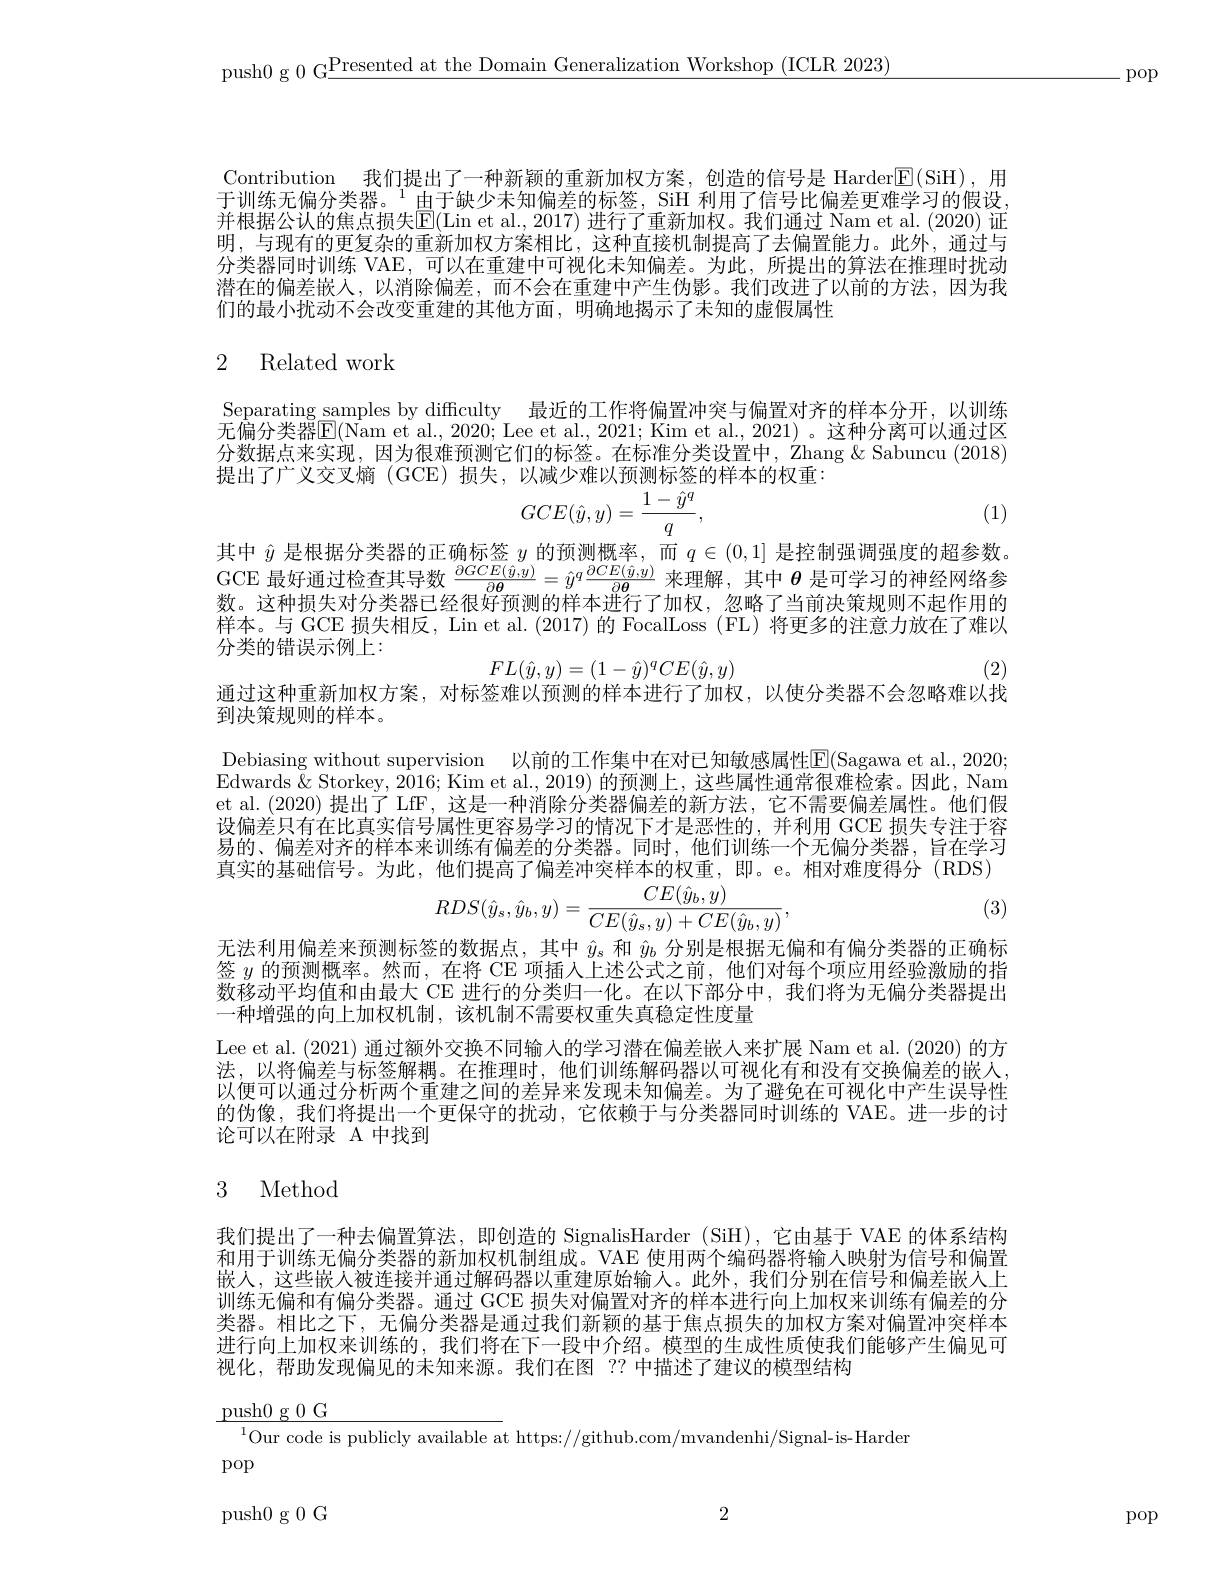
push0 g 0 G$\underline\text{Presented at the Domain Generalization Workshop (ICLR 2023)}$

.pop

Contribution 我们提出了一种新颖的重新加权方案，创造的信号是 Harder$\overline{\mathbb{E}}($SiH),用于训练无偏分类器。$^{1}$由于缺少未知偏差的标签，SiH 利用了信号比偏差更难学习的假设， 并根据公认的焦点损失$\overline{\mathbb{E}}($Lin et al., 2017) 进行了重新加权。我们通过 Nam et al. (2020) 证明，与现有的更复杂的重新加权方案相比，这种直接机制提高了去偏置能力。此外，通过与分类器同时训练 VAE,可以在重建中可视化未知偏差。为此，所提出的算法在推理时扰动潜在的偏差嵌入，以消除偏差，而不会在重建中产生伪影。我们改进了以前的方法，因为我们的最小扰动不会改变重建的其他方面，明确地揭示了未知的虚假属性

## 2 Related work

Separating samples by difficulty 最近的工作将偏置冲突与偏置对齐的样本分开，以训练$\bar{\text{无偏分类器}\mathbb{E}}(\bar{\text{Nam et al., 2020; Lee et al., 2021; Kim et al., 2021)。这种分离可以通过区}}$ 分数据点来实现，因为很难预测它们的标签。在标准分类设置中，Zhang & Sabuncu (2018) 提出了广义交叉熵 (GCE)损失，以减少难以预测标签的样本的权重：
$$GCE(\hat y,y)=\frac{1-\hat y^q}{q},$$
(1)

其中$\hat{y}$是根据分类器的正确标签$y$的预测概率，而$q\in(0,1]$是控制强调强度的超参数。GCE 最好通过检查其导数$\frac\partial GCE(\hat{y},y){\partial\boldsymbol{\theta}}=\hat{y}^q\frac{\partial CE(\hat{y},y)}{\partial\boldsymbol{\theta}}$来理解，其中$\boldsymbol{\theta}$是可学习的神经网络参数。这种损失对分类器已经很好预测的样本进行了加权，忽略了当前决策规则不起作用的样本。与 GCE 损失相反，Lin et al. (2017) 的 FocalLoss (FL) 将更多的注意力放在了难以分类的错误示例上：

(2)
通过这种重新加权方案，对标签难以预测的样本进行了加权，以使分类器不会忽略难以找

到决策规则的样本。
Debiasing without supervision 以前的工作集中在对已知敏感属性E(Sagawa et al..,2020; Edwards & Storkey, 2016; Kim et al., 2019) 的预测上，这些属性通常很难检索。因此，Nam et al.(2020) 提出了 LfF,这是一种消除分类器偏差的新方法，它不需要偏差属性。他们假设偏差只有在比真实信号属性更容易学习的情况下才是恶性的，并利用 GCE 损失专注于容易的、偏差对齐的样本来训练有偏差的分类器。同时，他们训练一个无偏分类器，旨在学习真实的基础信号。为此，他们提高了偏差冲突样本的权重，即。e。相对难度得分(RDS)
(3)
$$RDS(\hat{y}_{s},\hat{y}_{b},y)=\frac{CE(\hat{y}_{b},y)}{CE(\hat{y}_{s},y)}$$
$$FL(\hat{y},y)=(1-\hat{y})^qCE(\hat{y},y)$$
无法利用偏差来预测标签的数据点，其中$\hat{y}_s$和$\hat{y}_b$分别是根据无偏和有偏分类器的正确标签$y$的预测概率。然而，在将 CE 项插人上述公式之前，他们对每个项应用经验激励的指数移动平均值和由最大 CE 进行的分类归一化。在以下部分中，我们将为无偏分类器提出一种增强的向上加权机制，该机制不需要权重失真稳定性度量
Lee et al. (2021) 通过额外交换不同输入的学习潜在偏差嵌人来扩展 Nam et al. (2020) 的方法，以将偏差与标签解耦。在推理时，他们训练解码器以可视化有和没有交换偏差的嵌人， 以便可以通过分析两个重建之间的差异来发现末知偏差。为了避免在可视化中产生误导性的伪像，我们将提出一个更保守的扰动，它依赖于与分类器同时训练的 VAE。进一步的讨论可以在附录 A 中找到
3 Method

我们提出了一种去偏置算法，即创造的 SignalisHarder (SiH),它由基于 VAE 的体系结构和用于训练无偏分类器的新加权机制组成。VAE 使用两个编码器将输人映射为信号和偏置嵌人，这些嵌入被连接并通过解码器以重建原始输入。此外，我们分别在信号和偏差嵌人上训练无偏和有偏分类器。通过 GCE 损失对偏置对齐的样本进行向上加权来训练有偏差的分类器。相比之下，无偏分类器是通过我们新颖的基于焦点损失的加权方案对偏置冲突样本进行向上加权来训练的，我们将在下一段中介绍。模型的生成性质使我们能够产生偏见可视化，帮助发现偏见的未知来源。我们在图 ?? 中描述了建议的模型结构

$\underline{\text{push}0\text{ g }0\text{ G}}$
$^{1}$Our code is publicly available at https://github.com/mvandenhi/Signal-is-Harder
pop

2

push0 g 0 G

pop